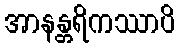
အာနန္တရိကဿာပိ